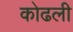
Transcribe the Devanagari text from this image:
कोढली